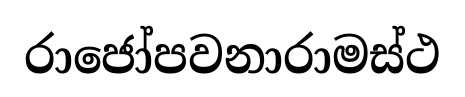
රාජෝපවනාරාමස්ථ